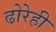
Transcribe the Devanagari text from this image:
ढोरेही